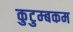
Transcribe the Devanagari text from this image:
कुटुम्‍बकम